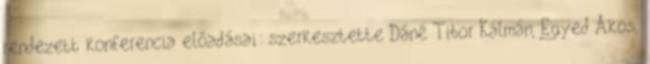
rendezett konferencia előadásai: szerkesztette Dáné Tibor Kálmán, Egyed Ákos,